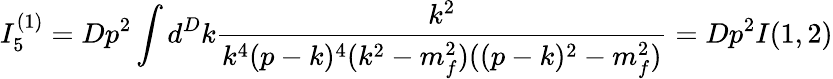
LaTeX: I_{5}^{(1)}=Dp^{2}\int d^{D}k\frac{k^{2}}{k^{4}(p-k)^{4}(k^{2}-m_{f}^{2})((p-k)^{2}-m_{f}^{2})}=Dp^{2}I(1,2)